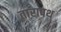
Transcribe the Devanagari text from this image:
तारापथ